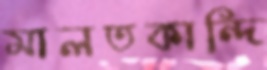
মালতকান্দি